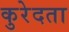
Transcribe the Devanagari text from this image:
कुरेदता